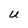
Character: U